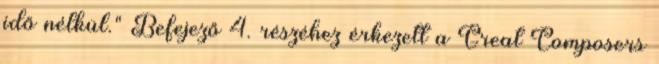
idő nélkül." Befejező 4. részéhez érkezett a Great Composers